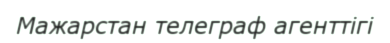
Мажарстан телеграф агенттігі